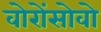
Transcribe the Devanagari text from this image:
वोरोंसोवो